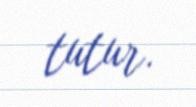
tutur.